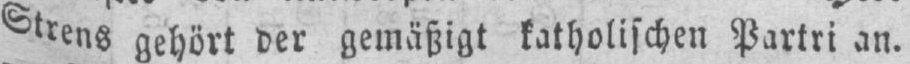
Strens gehört der gemäßigt katholischen Partei an.